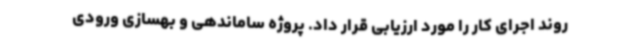
روند اجرای کار را مورد ارزیابی قرار داد. پروژه ساماندهی و بهسازی ورودی